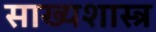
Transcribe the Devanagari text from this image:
साख्यशास्त्र